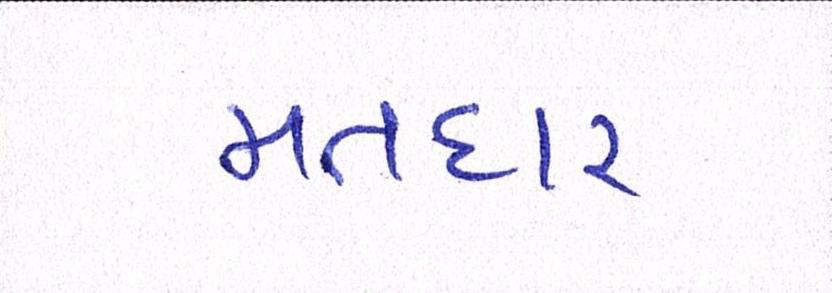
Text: મતદાર